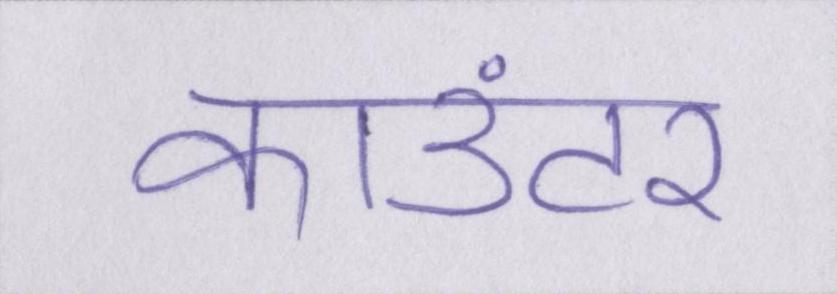
काउंटर